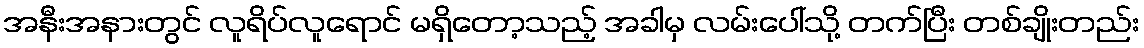
အနီးအနားတွင် လူရိပ်လူရောင် မရှိတော့သည့် အခါမှ လမ်းပေါ်သို့ တက်ပြီး တစ်ချိုးတည်း